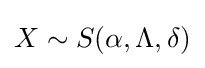
X\sim S(\alpha ,\Lambda ,\delta )